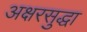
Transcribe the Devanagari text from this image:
अक्षरसुद्धा